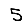
Digit: 5